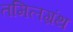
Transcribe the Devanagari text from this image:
तमिलग्रंथ